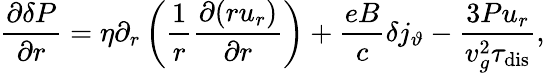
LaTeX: \frac{\partial\delta P}{\partial r}=\eta\partial_{r}\left(\frac{1}{r}\frac{\partial(ru_{r})}{\partial r}\right)+\frac{eB}{c}\delta j_{\vartheta}-\frac{3Pu_{r}}{v_{g}^{2}\tau_{\mathrm{dis}}},